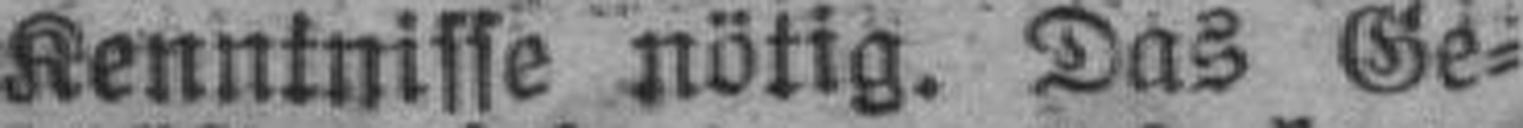
Kenntnisse nötig. Das Ge¬